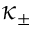
\kappa _ { \pm }